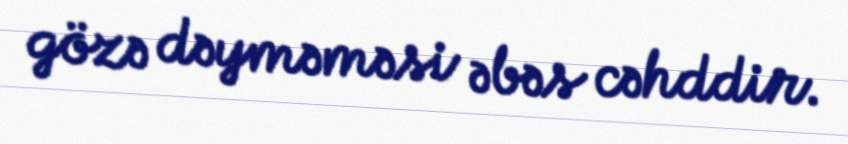
gözə dəyməməsi əbəs cəhddir.